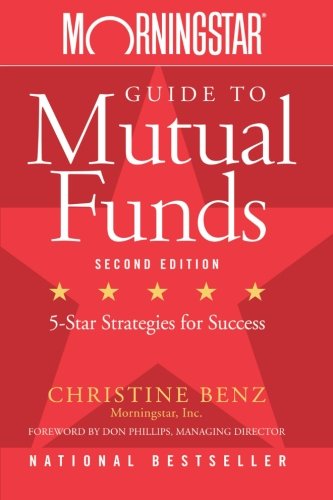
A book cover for Morningstar Guide to Mutual Funds: Five-Star Strategies for Success; Christine Benz; Business & Money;